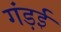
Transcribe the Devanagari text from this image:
गंड़ई